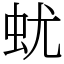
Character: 蚘